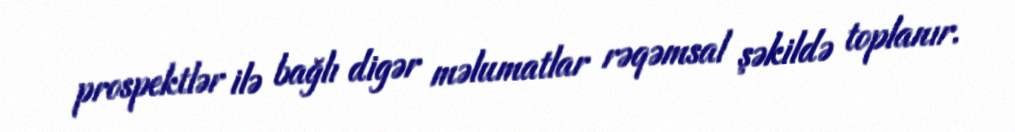
prospektlər ilə bağlı digər məlumatlar rəqəmsal şəkildə toplanır.